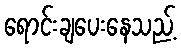
ရောင်းချပေးနေသည့်